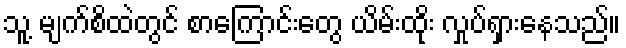
သူ့ မျက်စိထဲတွင် စာကြောင်းတွေ ယိမ်းထိုး လှုပ်ရှားနေသည်။